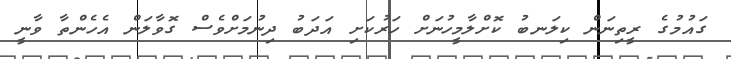
ގައުމުގެ ރީތިނަން ކިލަނބު ކޮށްލާމީހުނަށް ހަރުކަށި އަދަބު ދިނުމަށްވެސް ގޮވާލަން އެހެންތާ ވާނީ